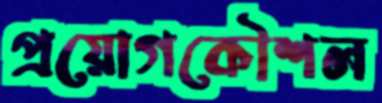
প্রয়োগকৌশল